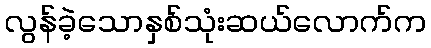
လွန်ခဲ့သောနှစ်သုံးဆယ်လောက်က